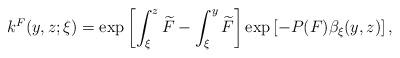
LaTeX: \begin{align*}k^F(y,z;\xi)=\exp\left[\int_{\xi}^{z}\widetilde{F}-\int_{\xi}^{y}\widetilde{F}\right]\exp\left[-P(F)\beta_{\xi}(y,z)\right],\end{align*}